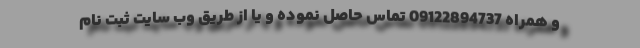
و همراه 09122894737 تماس حاصل نموده و یا از طریق وب سایت ثبت نام